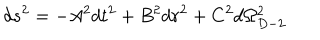
LaTeX: d s ^ { 2 } = - A ^ { 2 } d t ^ { 2 } + B ^ { 2 } d r ^ { 2 } + C ^ { 2 } d \Omega _ { D - 2 } ^ { 2 }